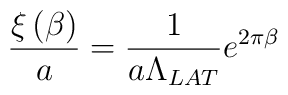
\frac{\xi \left( \beta \right)}{a} = \frac1{a \Lambda _{LAT}} e ^{2 \pi \beta}